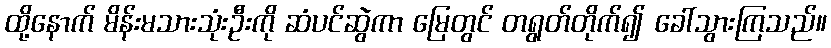
ထို့နောက် မိန်းမသားသုံးဦးကို ဆံပင်ဆွဲကာ မြေတွင် တရွတ်တိုက်၍ ခေါ်သွားကြသည်။